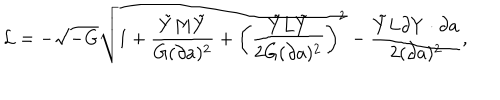
{ \cal L } = - \sqrt { - G } \sqrt { 1 + { \frac { \tilde { Y } M \tilde { Y } } { G ( \partial a ) ^ { 2 } } } + \left( { \frac { \tilde { Y } L \tilde { Y } } { 2 G ( \partial a ) ^ { 2 } } } \right) ^ { 2 } } - { \frac { \tilde { Y } L \partial Y \cdot \partial a } { 2 ( \partial a ) ^ { 2 } } } ,